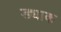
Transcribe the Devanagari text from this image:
ड्याक